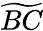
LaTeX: \widetilde{BC}